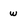
Character: w